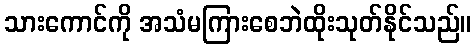
သားကောင်ကို အသံမကြားစေဘဲထိုးသုတ်နိုင်သည်။